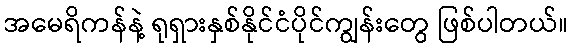
အမေရိကန်နဲ့ ရုရှားနှစ်နိုင်ငံပိုင်ကျွန်းတွေ ဖြစ်ပါတယ်။